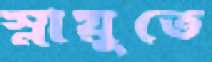
স্নায়ুতে